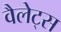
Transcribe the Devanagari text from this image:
वैलेट्स